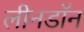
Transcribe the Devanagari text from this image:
लीनडॉन